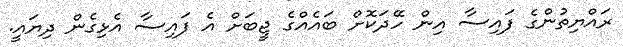
ރައްޔިތުންގެ ފައިސާ އިން ހޭދަކޮށް ބައެއްގެ ޖީބަށް އެ ފައިސާ އެޅިގެން ދިޔައީ.